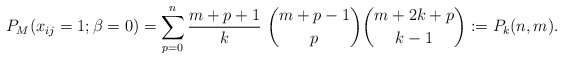
\begin{gather*} P_{M}(x_{ij}=1 ; \beta=0)= \sum_{p=0}^{n} {m+p+1 \over k}~{m+p-1 \choose p}{m+2k+p \choose k-1} := P_k(n,m).\end{gather*}